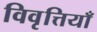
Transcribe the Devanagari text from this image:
विवृत्तियाँ